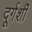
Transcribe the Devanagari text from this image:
दूर्गर्शी